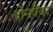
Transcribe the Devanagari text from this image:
दोन्हींवर